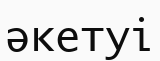
әкетуі